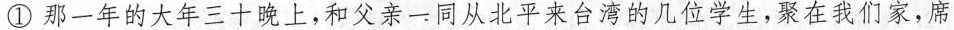
①那一年的大年三十晚上，和父亲-同从北平来台湾的几位学生，深在我们家，席